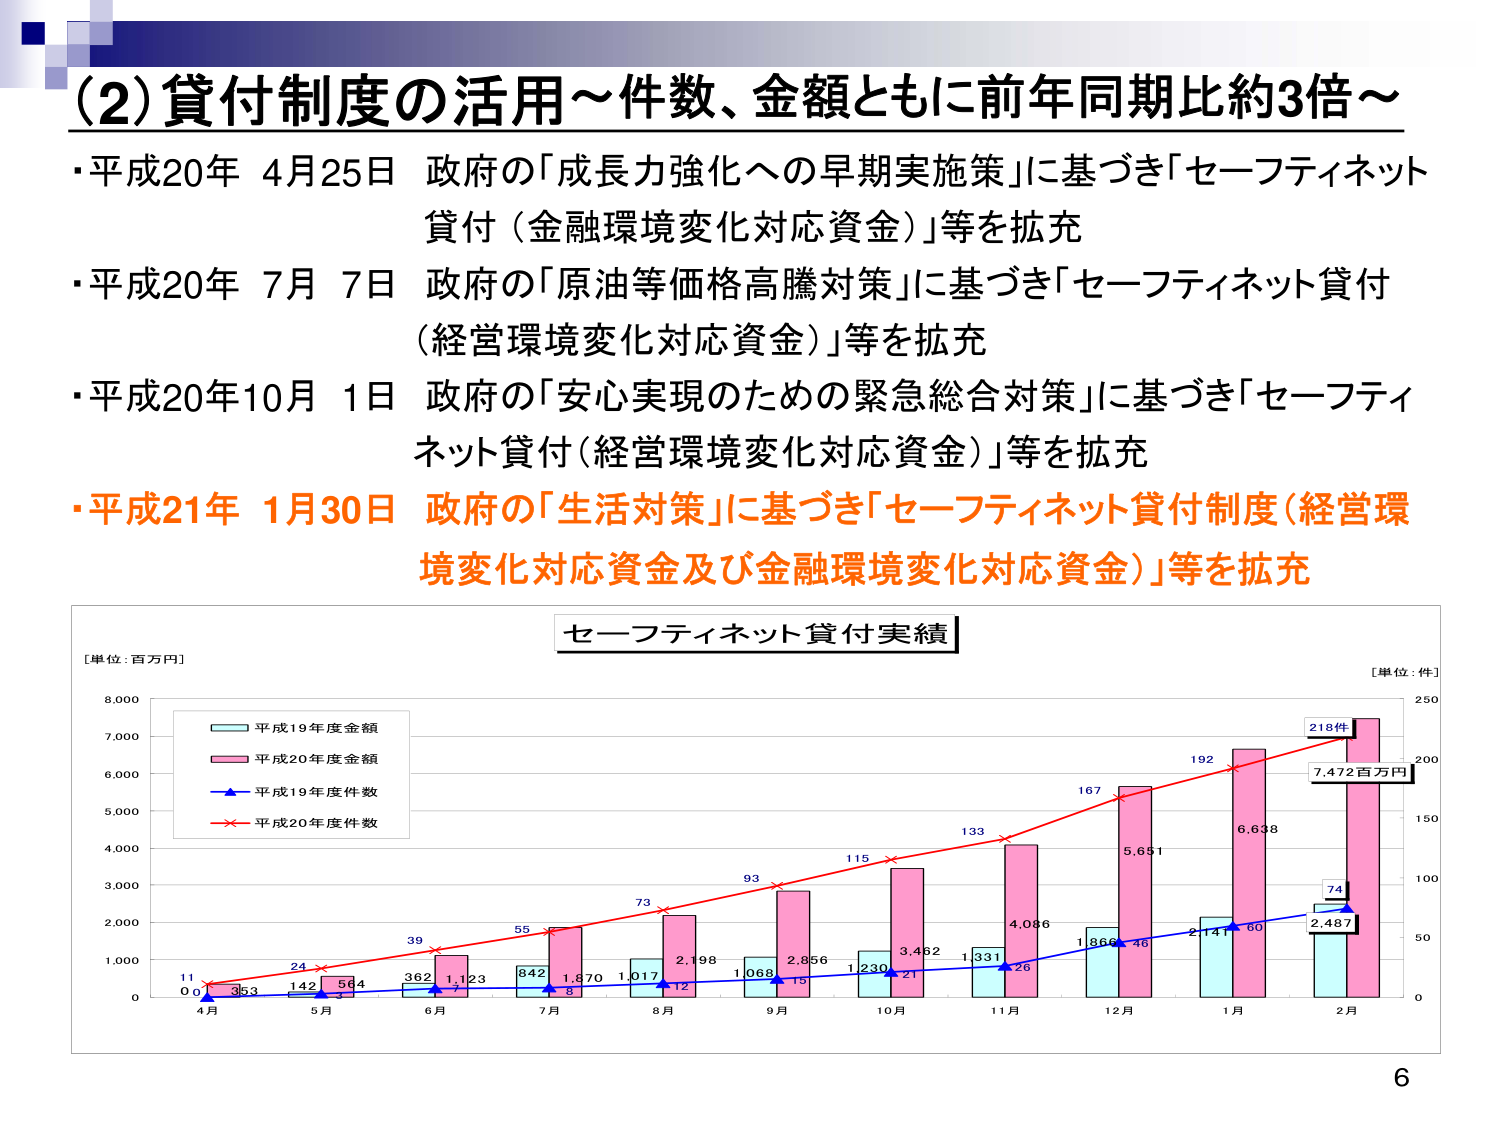
(2)貸付制度の活用～件数、金額ともに前年同期比約3倍～

・平成20年 4月25日 政府の「成長力強化への早期実施策」に基づき「セーフティネット貸付（金融環境変化対応資金）」等を拡充

・平成20年 7月 7日 政府の「原油等価格高騰対策」に基づき「セーフティネット貸付（経営環境変化対応資金）」等を拡充

・平成20年10月 1日 政府の「安心実現のための緊急総合対策」に基づき「セーフティネット貸付（経営環境変化対応資金）」等を拡充

・平成21年 1月30日 政府の「生活対策」に基づき「セーフティネット貸付制度（経営環境変化対応資金及び金融環境変化対応資金）」等を拡充

セーフティネット貸付実績

[単位：百万円]

[単位：件]

平成19年度金額
平成20年度金額
平成19年度件数
平成20年度件数

4月 0.0 11 353 24 142 564 39 362 1,123 55 842 1,670 73 1,017 2,198 93 1,068 2,856 115 1,230 3,482 133 1,331 4,086 167 1,866 5,651 192 2,141 6,638 218件 7,472百万円 74 2,487 60

4月 5月 6月 7月 8月 9月 10月 11月 12月 1月 2月

6